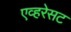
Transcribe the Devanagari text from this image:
एव्हरेसट